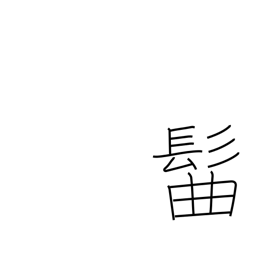
Meaning: topknot